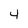
Character: 4